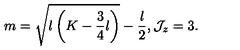
m = \sqrt { l \left( K - \frac { 3 } { 4 } l \right) } - \frac { l } { 2 } , { \cal J } _ { z } = 3 .